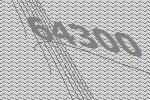
64300